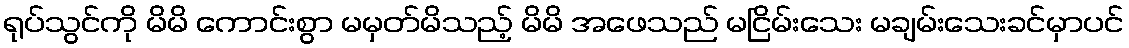
ရုပ်သွင်ကို မိမိ ကောင်းစွာ မမှတ်မိသည့် မိမိ အဖေသည် မငြိမ်းသေး မချမ်းသေးခင်မှာပင်